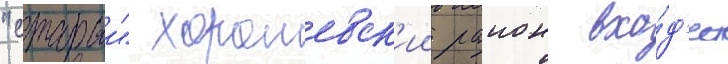
"старыи" хорошевск'ии раион вхо́д'ит